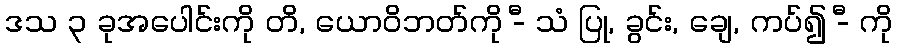
ဒသ ၃ ခုအပေါင်းကို တိ, ယောဝိဘတ်ကို -ီ သံ ပြု, ခွင်း, ချေ, ကပ်၍ -ီ ကို